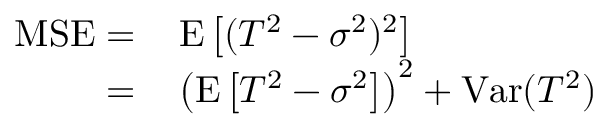
\begin{array} { r l } { \operatorname { M S E } = } & { { } \operatorname { E } \left[ ( T ^ { 2 } - \sigma ^ { 2 } ) ^ { 2 } \right] } \\ { = } & { { } \left( \operatorname { E } \left[ T ^ { 2 } - \sigma ^ { 2 } \right] \right) ^ { 2 } + \operatorname { V a r } ( T ^ { 2 } ) } \end{array}